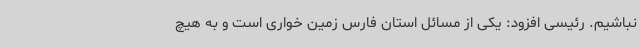
نباشیم. رئیسی افزود: یکی از مسائل استان فارس زمین خواری است و به هیچ